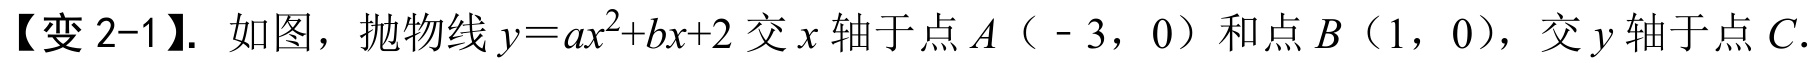
【变 2-1】. 如图，抛物线\(y = ax^{2}+bx + 2\)交\(x\)轴于点\(A（ - 3，0）\)和点\(B（1，0）\)，交\(y\)轴于点\(C\).